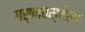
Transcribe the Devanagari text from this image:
गर्भावस्थेला